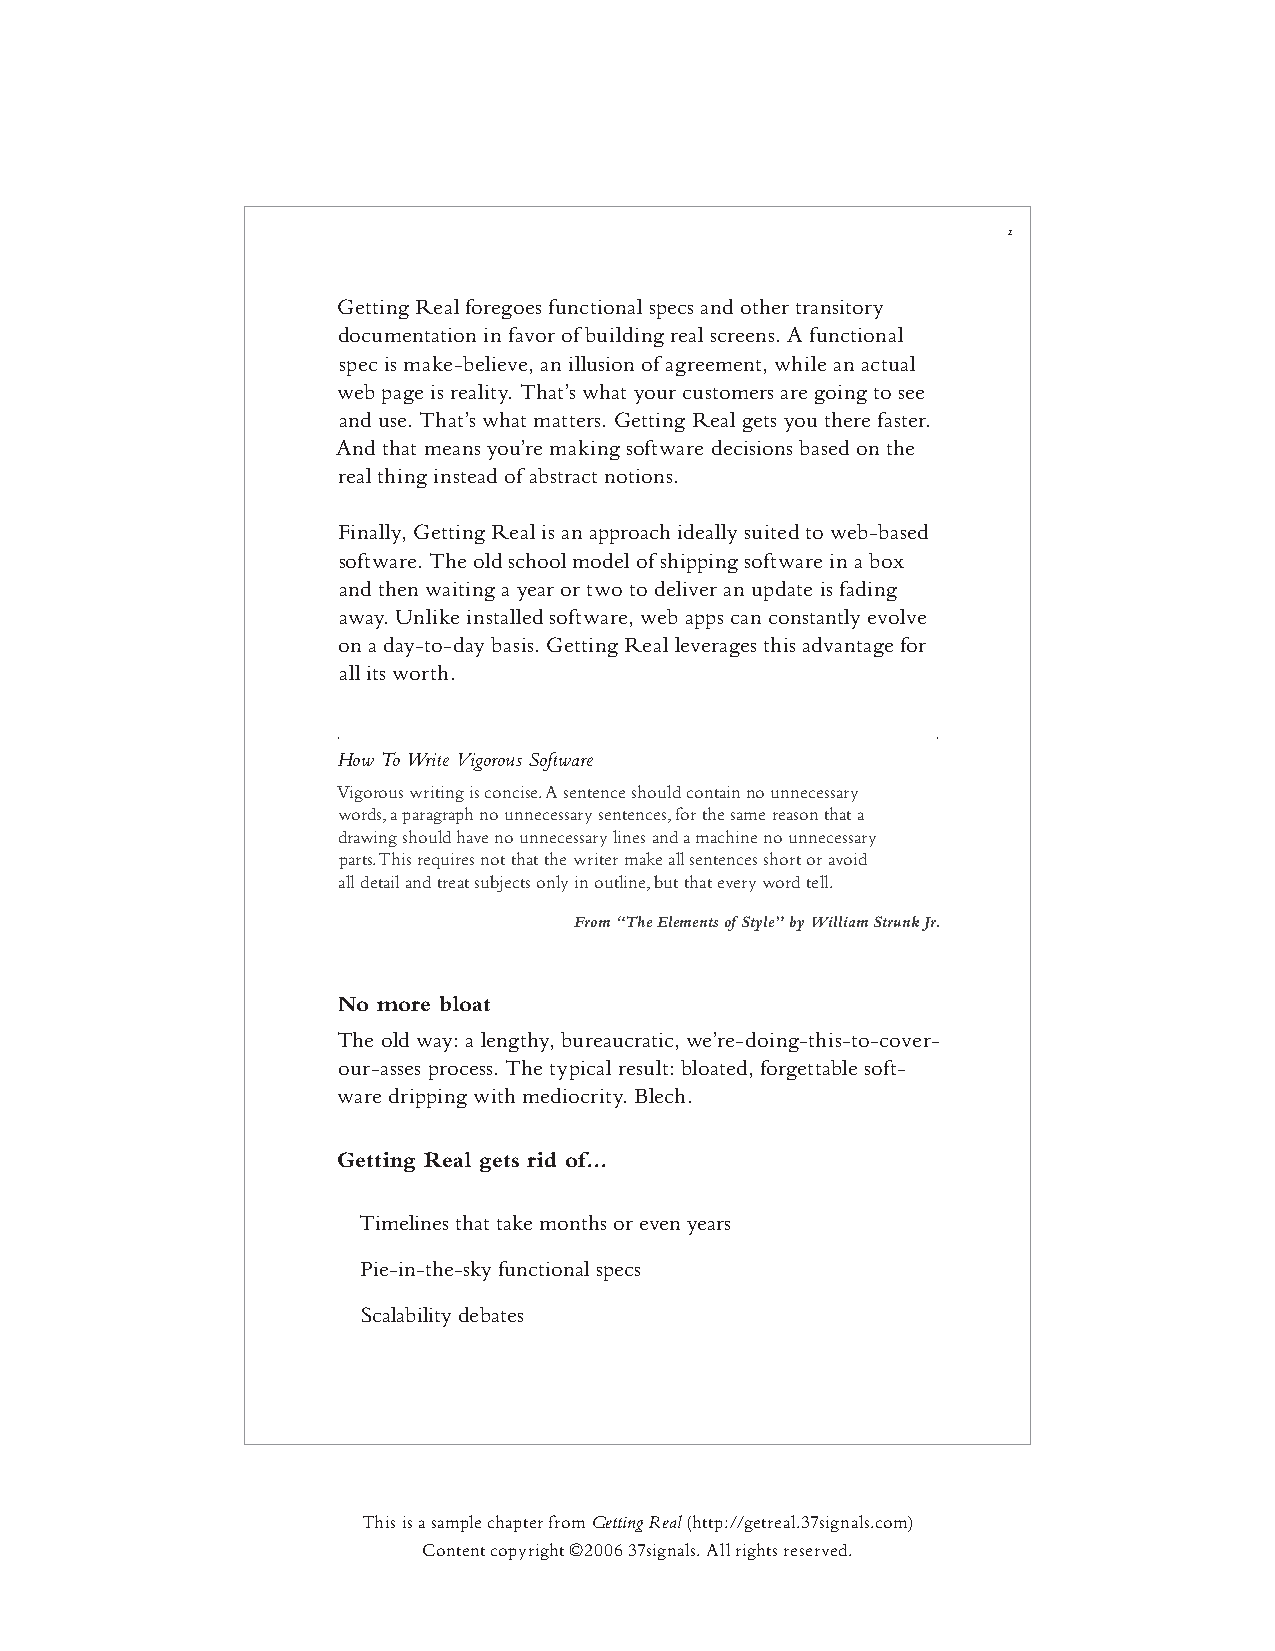
2
 Getting Real foregoes functional specs and other transitory
 documentation in favor of building real screens. A functional
 spec is make-believe, an illusion of agreement, while an actual
 web page is reality. That’s what your customers are going to see
 and use. That’s what matters. Getting Real gets you there faster.
 And that means you’re making software decisions based on the
 real thing instead of abstract notions.
 Finally, Getting Real is an approach ideally suited to web-based
 software. The old school model of shipping software in a box
 and then waiting a year or two to deliver an update is fading
 away. Unlike installed software, web apps can constantly evolve
 on a day-to-day basis. Getting Real leverages this advantage for
 all its worth.
 How To Write Vigorous Software
 Vigorous writing is concise. A sentence should contain no unnecessary
 words, a paragraph no unnecessary sentences, for the same reason that a
 drawing should have no unnecessary lines and a machine no unnecessary
 parts. This requires not that the writer make all sentences short or avoid
 all detail and treat subjects only in outline, but that every word tell.
 From “The Elements of Style” by William Strunk Jr.
 No more bloat
 The old way: a lengthy, bureaucratic, we’re-doing-this-to-cover-
 our-asses process. The typical result: bloated, forgettable soft-
 ware dripping with mediocrity. Blech.
 Getting Real gets rid of...
 Timelines that take months or even years
 Pie-in-the-sky functional specs
 Scalability debates
 This is a sample chapter from Getting Real (http://getreal.37signals.com)
 Content copyright ©2006 37signals. All rights reserved.